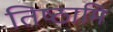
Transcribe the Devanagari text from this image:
तिष्‍ठामि